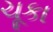
ચૂકા